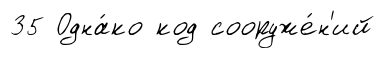
35 Одна́ко код сооруже́н'ий